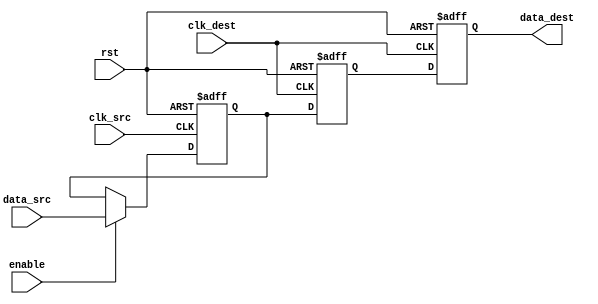
module pulsed_synchronizer #(
    parameter WIDTH = 1 // Width of the data signal
)(
    input wire clk_src,          // Clock signal from the source domain
    input wire clk_dest,         // Clock signal from the destination domain
    input wire rst,              // Asynchronous reset
    input wire enable,           // Enable signal for synchronizer
    input wire [WIDTH-1:0] data_src, // Data signal from the source domain
    output reg [WIDTH-1:0] data_dest // Synchronized data signal
);

    // Intermediate signals for synchronization
    reg [WIDTH-1:0] sync_ff1; // First flip-flop output
    reg [WIDTH-1:0] sync_ff2; // Second flip-flop output

    // First stage: Capture data in the source clock domain
    always @(posedge clk_src or posedge rst) begin
        if (rst) begin
            sync_ff1 <= {WIDTH{1'b0}};
        end else if (enable) begin
            sync_ff1 <= data_src; // Capture data from source
        end
    end

    // Second stage: Capture synchronized data in the destination clock domain
    always @(posedge clk_dest or posedge rst) begin
        if (rst) begin
            sync_ff2 <= {WIDTH{1'b0}};
            data_dest <= {WIDTH{1'b0}};
        end else begin
            sync_ff2 <= sync_ff1; // Synchronize data to destination clock
            data_dest <= sync_ff2; // Output synchronized data
        end
    end

endmodule